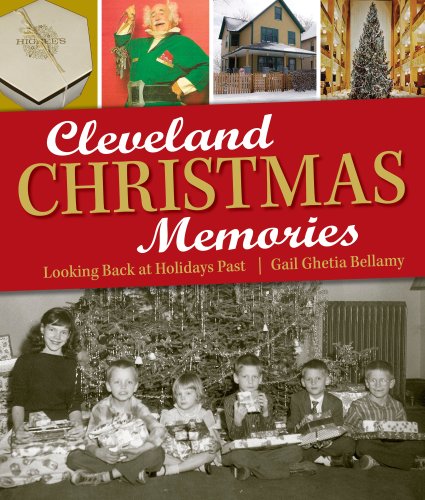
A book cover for Cleveland Christmas Memories: Looking Back at Holidays Past; Gail Ghetia Bellamy; Travel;